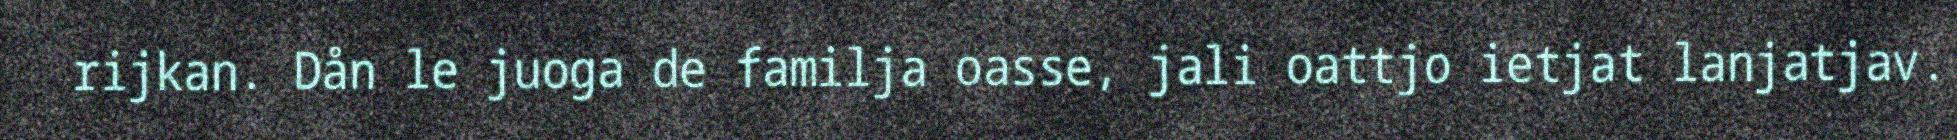
rijkan. Dån le juoga de familja oasse, jali oattjo ietjat lanjatjav.